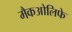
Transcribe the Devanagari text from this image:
मैकओलिफे